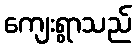
ကျေးရွာသည်